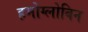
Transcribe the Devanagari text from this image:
हमोग्लोबिन